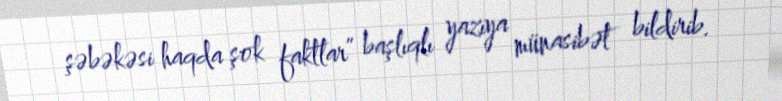
şəbəkəsi haqda şok faktlar” başlıqlı yazıya münasibət bildirib.